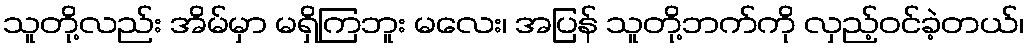
သူတို့လည်း အိမ်မှာ မရှိကြဘူး မလေး၊ အပြန် သူတို့ဘက်ကို လှည့်ဝင်ခဲ့တယ်၊